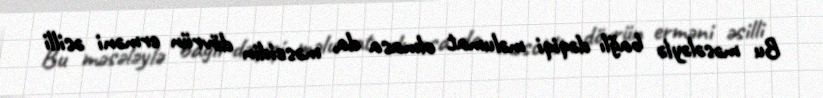
Bu məsələylə bağlı dəqiqi məlumat olmasa da, məscidin dövrün erməni əsilli